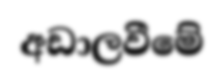
අඩාලවීමේ